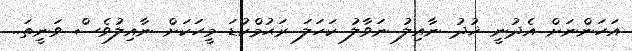
އަހަންނަށް އެދުނީ ޚުދު ނާއިލު ނަވާލު ކަހަލަ ރަޙުމްކުޑަ މީހަކަށް ނާއިލުވެސް ވަނީތަ..